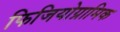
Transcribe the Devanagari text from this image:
फिजियोग्नामिक